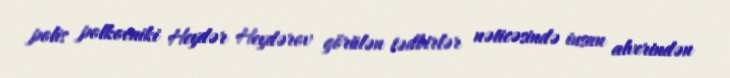
polis polkovniki Heydər Heydərov görülən tədbirlər nəticəsində insan alverindən